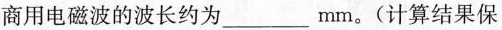
商用电磁波的波长约为___mm。(计算结果保